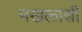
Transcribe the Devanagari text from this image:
मखलाशी